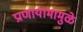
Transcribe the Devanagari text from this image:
प्राणायामामुळे